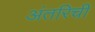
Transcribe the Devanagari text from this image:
अंतरिची